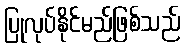
ပြုလုပ်နိုင်မည်ဖြစ်သည်